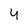
Character: 4